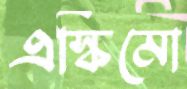
এস্কিমো